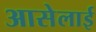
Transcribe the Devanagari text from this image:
आसेलाई